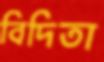
বিদিতা